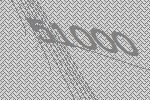
51000